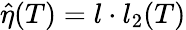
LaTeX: \hat{\eta}(T)=l\cdot l_{2}(T)